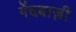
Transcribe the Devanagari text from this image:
गेंदबाज़़ी